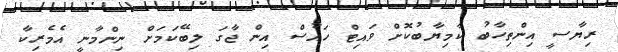
ރިޔާސީ އިންތިހާބު ކާމިޔާބުކޮށް ވައިޓް ހައުސް އިން ޖާގަ ލިބޭކަމަށް ނިންމާނީ އެމެރިކާ